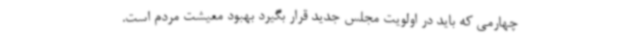
چهارمی که باید در اولویت مجلس جدید قرار بگیرد بهبود معیشت مردم است.